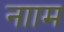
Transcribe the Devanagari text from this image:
नााम